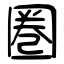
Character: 圏